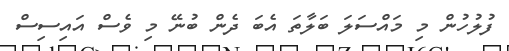
ފުލުހުން މި މައްސަލަ ބަލާތަ އެބަ ދެން ބުނޭ މި ވެސް އައިސިސް